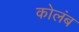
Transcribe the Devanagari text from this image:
कोलंब